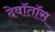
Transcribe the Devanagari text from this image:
देवॉतॉस